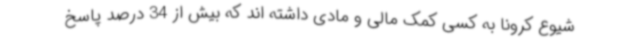
شیوع کرونا به کسی کمک مالی و مادی داشته اند که بیش از 34 درصد پاسخ